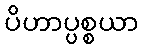
ပိဟာပ္ပစ္စယာ